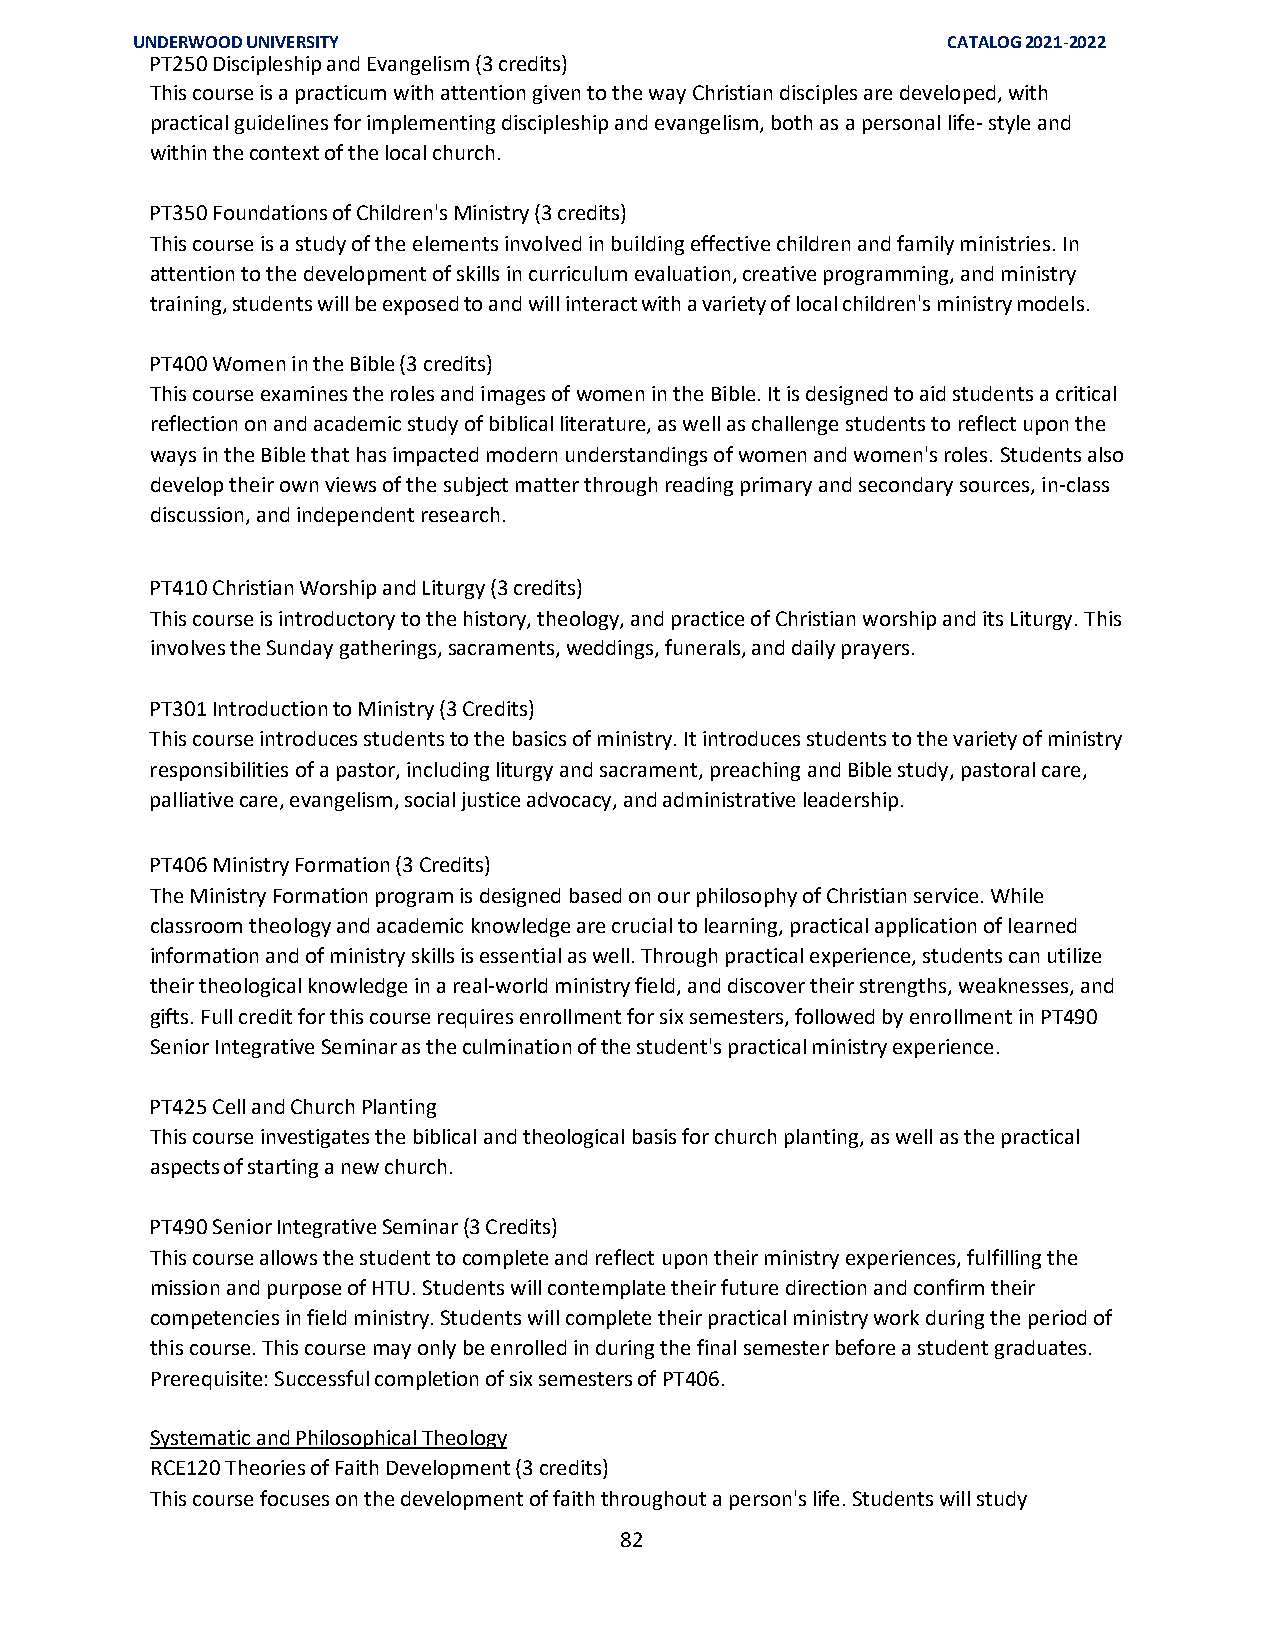
UNDERWOOD UNIVERSITY                                  CATALOG 2021-2022
 PT250 Discipleship and Evangelism (3 credits)
 This course is a practicum with attention given to the way Christian disciples are developed, with
 practical guidelines for implementing discipleship and evangelism, both as a personal life- style and
 within the context of the local church.
 PT350 Foundations of Children's Ministry (3 credits)
 This course is a study of the elements involved in building effective children and family ministries. In
 attention to the development of skills in curriculum evaluation, creative programming, and ministry
 training, students will be exposed to and will interact with a variety of local children's ministry models.
 PT400 Women in the Bible (3 credits)
 This course examines the roles and images of women in the Bible. It is designed to aid students a critical
 reflection on and academic study of biblical literature, as well as challenge students to reflect upon the
 ways in the Bible that has impacted modern understandings of women and women's roles. Students also
 develop their own views of the subject matter through reading primary and secondary sources, in-class
 discussion, and independent research.
 PT410 Christian Worship and Liturgy (3 credits)
 This course is introductory to the history, theology, and practice of Christian worship and its Liturgy. This
 involves the Sunday gatherings, sacraments, weddings, funerals, and daily prayers.
 PT301 Introduction to Ministry (3 Credits)
 This course introduces students to the basics of ministry. It introduces students to the variety of ministry
 responsibilities of a pastor, including liturgy and sacrament, preaching and Bible study, pastoral care,
 palliative care, evangelism, social justice advocacy, and administrative leadership.
 PT406 Ministry Formation (3 Credits)
 The Ministry Formation program is designed based on our philosophy of Christian service. While
 classroom theology and academic knowledge are crucial to learning, practical application of learned
 information and of ministry skills is essential as well. Through practical experience, students can utilize
 their theological knowledge in a real-world ministry field, and discover their strengths, weaknesses, and
 gifts. Full credit for this course requires enrollment for six semesters, followed by enrollment in PT490
 Senior Integrative Seminar as the culmination of the student's practical ministry experience.
 PT425 Cell and Church Planting
 This course investigates the biblical and theological basis for church planting, as well as the practical
 aspects of starting a new church.
 PT490 Senior Integrative Seminar (3 Credits)
 This course allows the student to complete and reflect upon their ministry experiences, fulfilling the
 mission and purpose of HTU. Students will contemplate their future direction and confirm their
 competencies in field ministry. Students will complete their practical ministry work during the period of
 this course. This course may only be enrolled in during the final semester before a student graduates.
 Prerequisite: Successful completion of six semesters of PT406.
 Systematic and Philosophical Theology
 RCE120 Theories of Faith Development (3 credits)
 This course focuses on the development of faith throughout a person's life. Students will study
 82